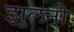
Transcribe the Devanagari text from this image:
झुलनी